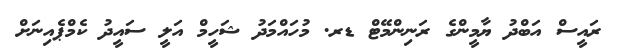
ރައީސް އަބްދު ޔާމީންގެ ރަނިންމޭޓް ޑރ. މުހައްމަދު ޝަހީމް އަލީ ސައީދު ކެމްޕެއިނަށް